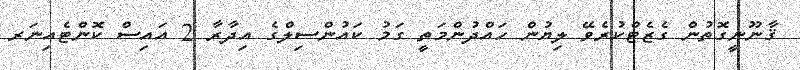
ޤާނޫނީގޮތުން ގެޒެޓްކުރެވޭ ލިޔުން ހައްދުންމަތީ ގަމު ކައުންސިލްގެ އިދާރާ 2 އައިސް ކޮންޓެއިނަރ